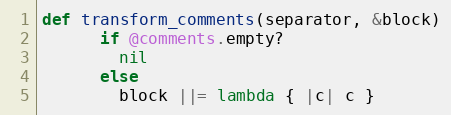
Language: Ruby
def transform_comments(separator, &block)
      if @comments.empty?
        nil
      else
        block ||= lambda { |c| c }